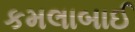
કમલાબાઈ